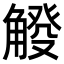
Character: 𧤔